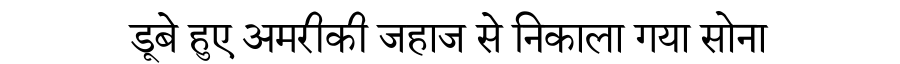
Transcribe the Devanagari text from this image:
डूबे हुए अमरीकी जहाज से निकाला गया सोना